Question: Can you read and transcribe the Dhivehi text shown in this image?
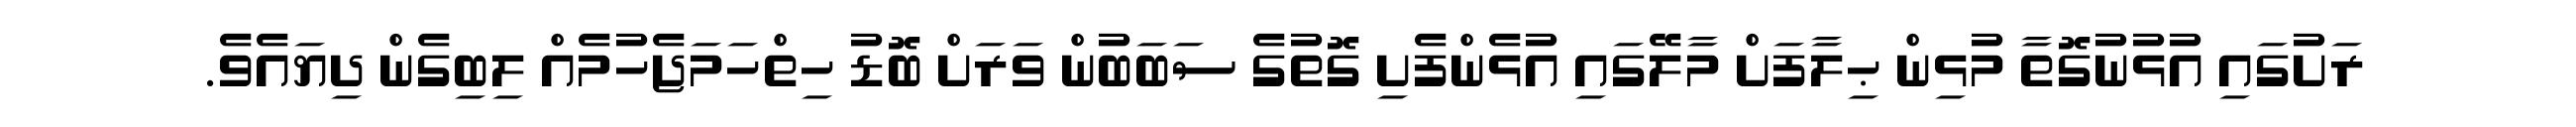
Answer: ރަށުގައި އުޅުނުގޮތާ މުޅިން ޙިލާފަށް މާލޭގައި އުޅެންފެށި ގޮތުގެ ސަބަބުން ވަރަށް ބޮޑު ހިތްހަމަޖެހުމެއް ލިބިގެން ދިޔައެވެ.